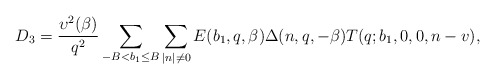
\begin{align*}D_3=\frac{\upsilon^2(\beta)}{q^2}\sum_{\substack{-B<b_1\le B}}\sum_{|n|\not=0}E(b_1,q,\beta)\Delta(n,q,-\beta)T(q;b_1,0,0,n-v),\end{align*}